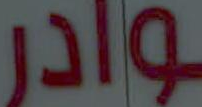
وادر